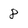
Character: 8